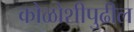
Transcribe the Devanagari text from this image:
कोळोशीपुढील